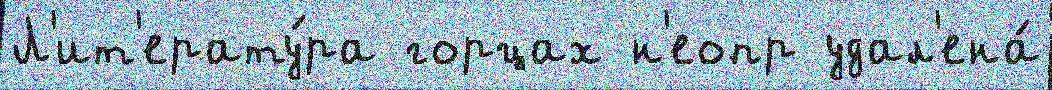
Л'ит'ерату́ра горцах н'еопр удал'ена́